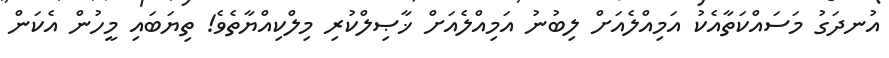
އުނދަގު މަސައްކަތާއެކު އަމިއްލެއަށް ލިބުނު އަމިއްލެއަށް ޚާޞިލްކުރި މިލްކިއްޔާތެވެ! ތިޔަބައި މީހުން އެކަން